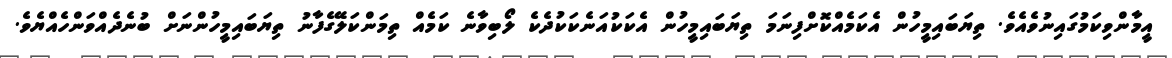
އީމާންވިކަމުގައިނުވެއެވެ. ތިޔަބައިމީހުން އެކަމެއްކޮށްފިނަމަ ތިޔަބައިމީހުން އެކަކުއަނެކަކުދެކެ ލޯބިވާނެ ކަމެއް ތިމަންކަލޭގެފާނު ތިޔަބައިމީހުންނަށް ބުނެދެއްވަންހެއްޔެވެ.